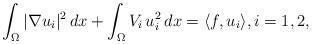
LaTeX: \begin{align*}\int_\Omega|\nabla u_i|^2\,dx+\int_\Omega V_i\,u^2_i\,dx=\langle f,u_i\rangle,i=1,2,\end{align*}